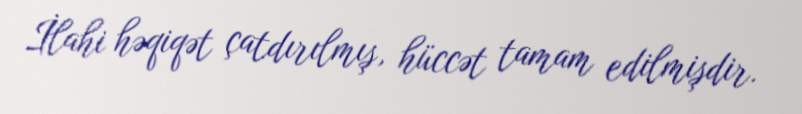
İlahi həqiqət çatdırılmış, hüccət tamam edilmişdir.